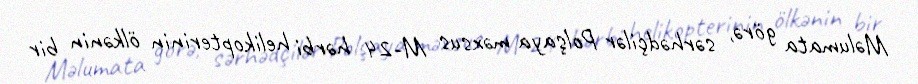
Məlumata görə, sərhədçilər Polşaya məxsus M-24 hərbi helikopterinin ölkənin bir